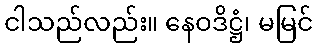
ငါသည်လည်း။ နေဝဒိဋ္ဌံ၊ မမြင်